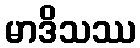
မာဒိသဿ